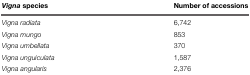
<table><thead><tr><td><b><i>Vigna</i> species</b></td><td><b>Number of accessions</b></td></tr></thead><tbody><tr><td><i>Vigna radiata</i></td><td>6,742</td></tr><tr><td><i>Vigna mungo</i></td><td>853</td></tr><tr><td><i>Vigna umbellata</i></td><td>370</td></tr><tr><td><i>Vigna unguiculata</i></td><td>1,587</td></tr><tr><td><i>Vigna angularis</i></td><td>2,376</td></tr></tbody></table>